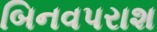
બિનવપરાશ